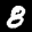
Label: 8